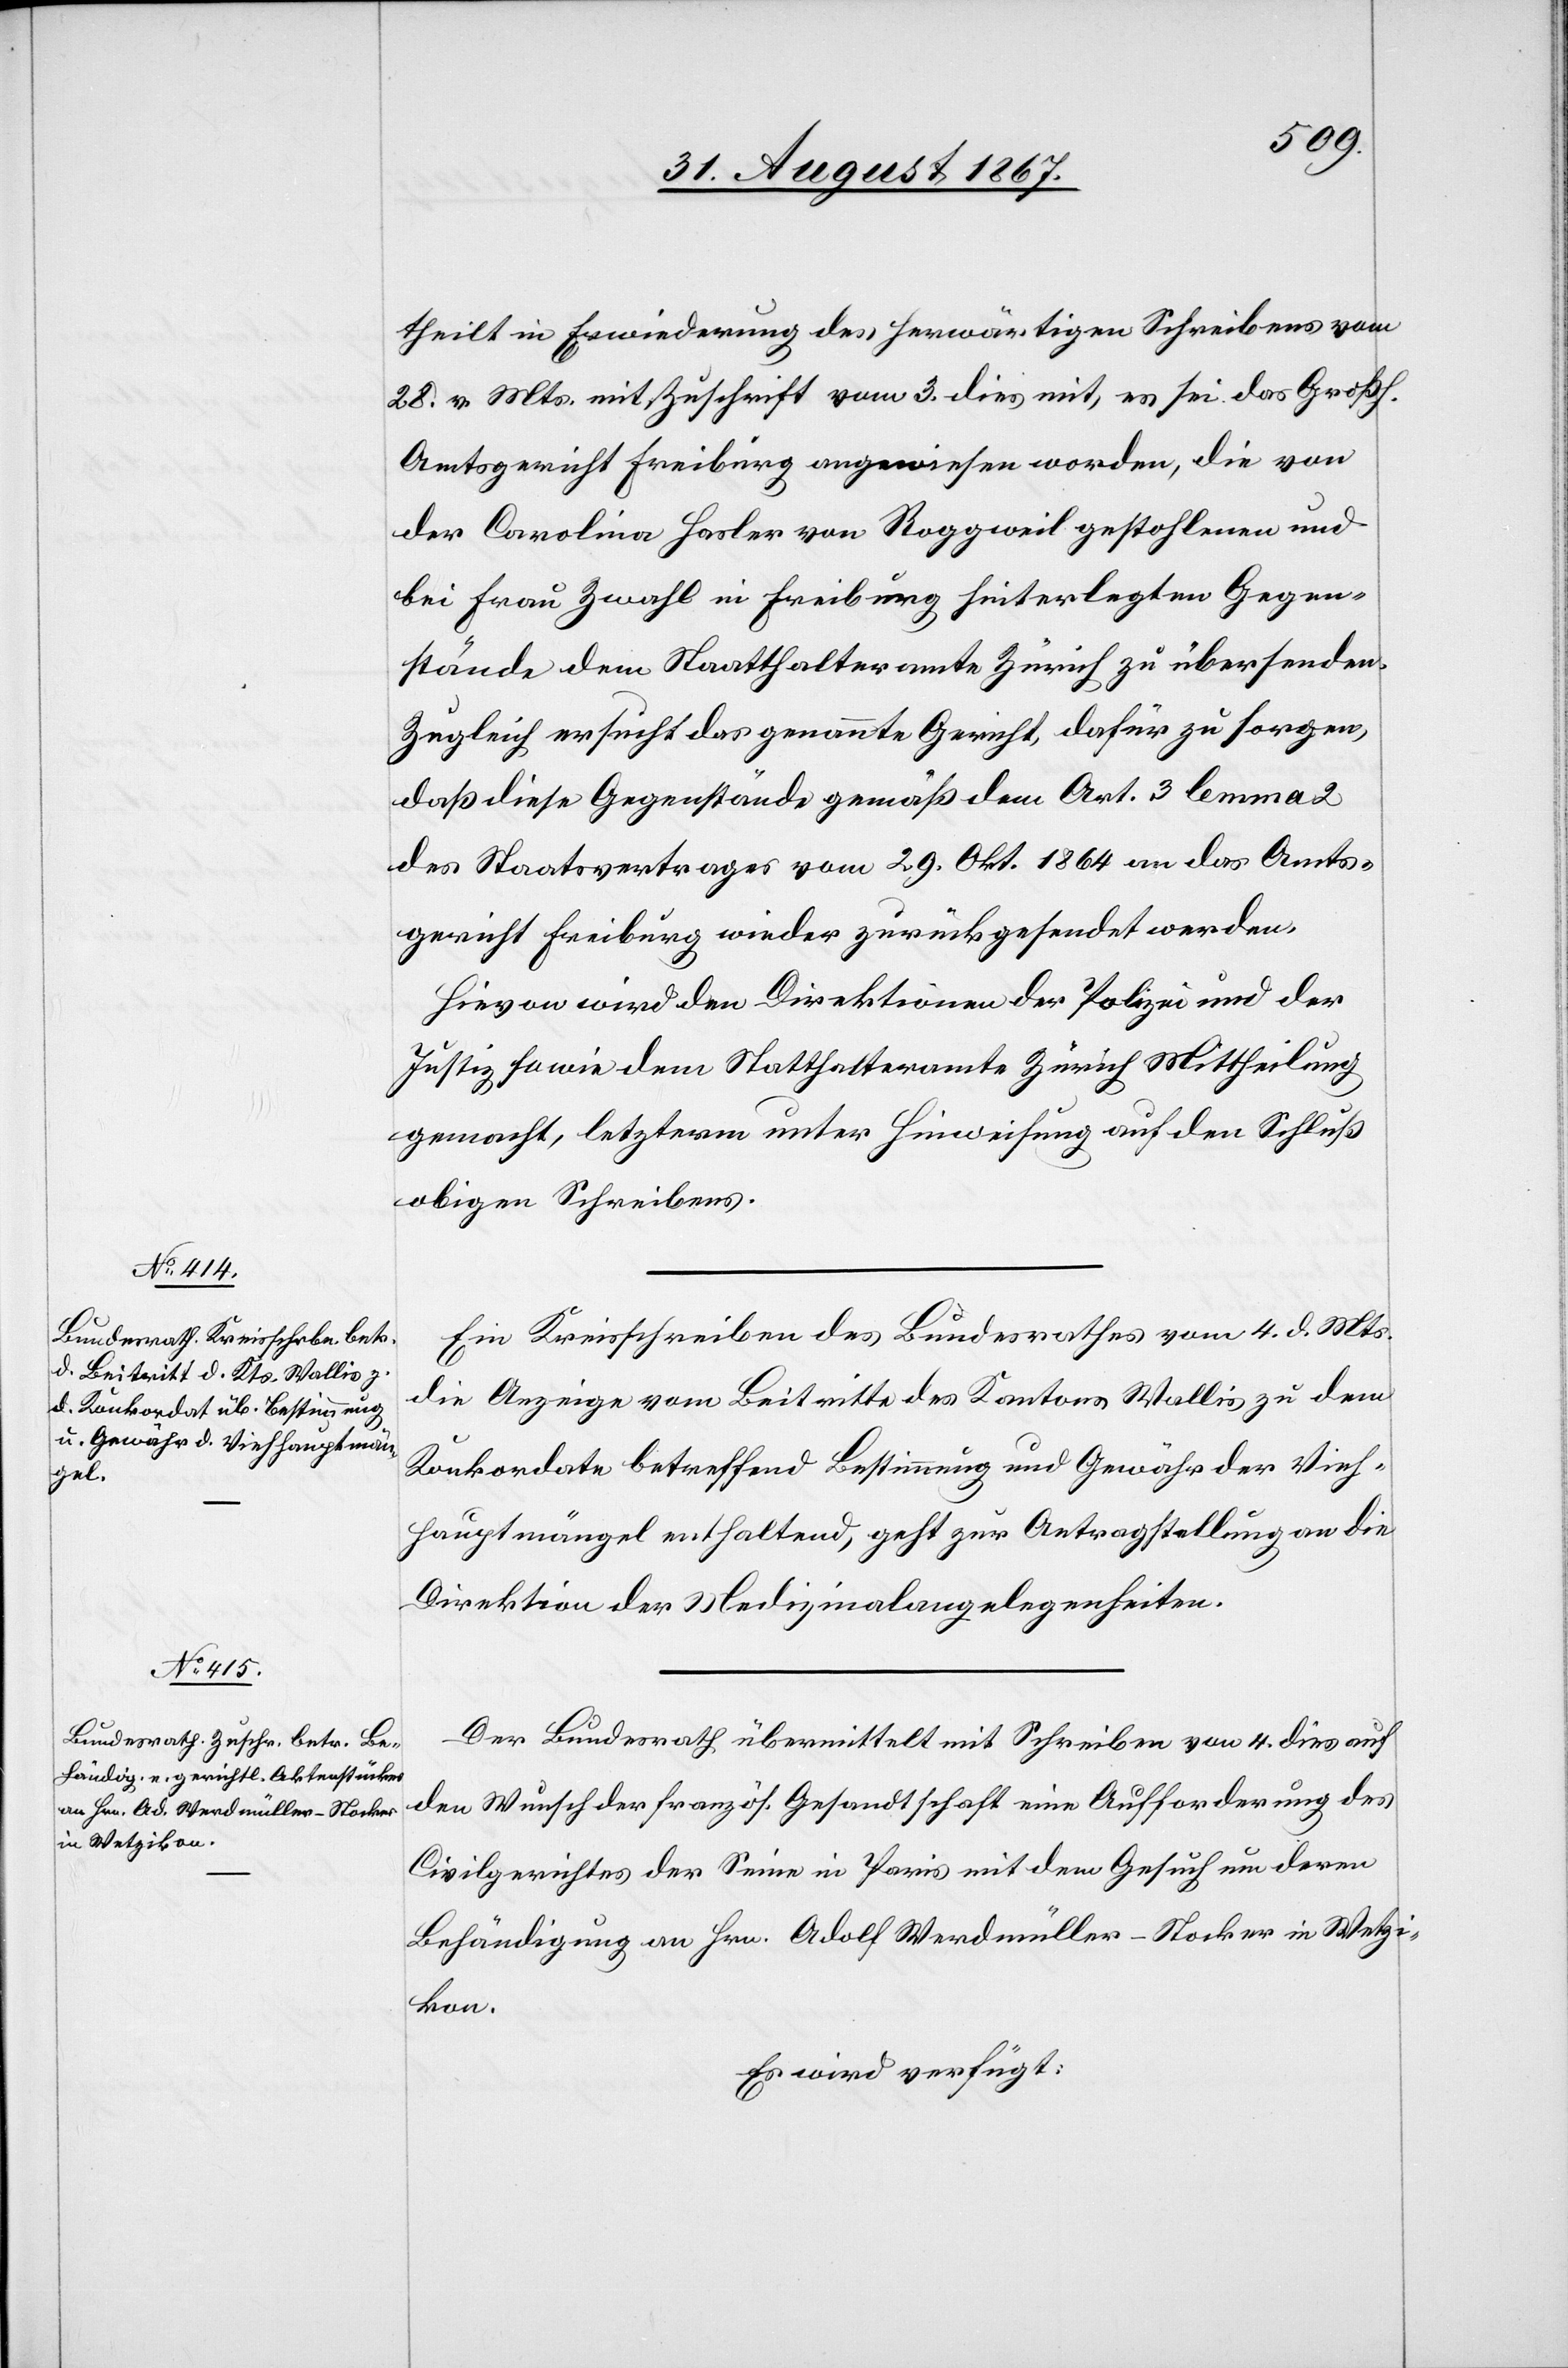
theilt in Erwiederung des herwärtigen Schreibens vom
28. v. Mts. mit Zuschrift vom 3. dies mit, es sei das Großh.
Amtsgericht Freiburg angewiesen worden, die von
der Carolina Hasler von Roggweil gestohlenen und
bei Frau Zwahl in Freiburg hinterlegten Gegen¬
stände dem Staathalteramte [sic!] Zürich zu übersenden.
Zugleich ersucht das genannte Gericht, dafür zu sorgen,
daß diese Gegenstände gemäß dem Art. 3 lemma 2
des Staatsvertrages vom 29. Okt. 1864 an das Amts¬
gericht Freiburg wieder zurückgesendet werden.
Hievon wird den Direktionen der Polizei und der
Justiz sowie dem Statthalteramte Zürich Mittheilung
gemacht, letzterm unter Hinweisung auf den Schluß
obigen Schreibens.
Ein Kreisschreiben des Bundesrathes vom 4. d. Mts.
die Anzeige vom Beitritte des Kantons Wallis zu dem
Konkordate betreffend Bestimmung und Gewähr der Vieh¬
hauptmängel enthaltend, geht zur Antragstellung an die
Direktion der Medizinalangelegenheiten.
Der Bundesrath übermittelt mit Schreiben vom 4. dies auf
den Wunsch der französ. Gesandtschaft eine Aufforderung des
Civilgerichtes der Seine in Paris mit dem Gesuch um deren
Behändigung an Hrn. Adolf Werdmüller-Stocker in Wetzi¬
kon.
Es wird verfügt: